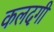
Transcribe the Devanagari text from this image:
कलदगी